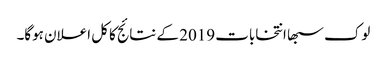
لوک سبھا انتخابات 2019 کے نتائج کا کل اعلان ہوگا۔